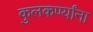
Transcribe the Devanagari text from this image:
कुलकर्ण्यांना